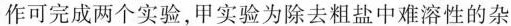
作可完成两个实验，甲实验为除去粗盐中难性的杂